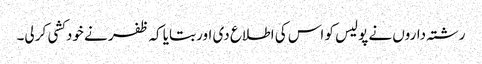
رشتہ داروں نے پولیس کو اس کی اطلاع دی اور بتایا کہ ظفر نے خودکشی کر لی۔